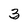
Character: 3